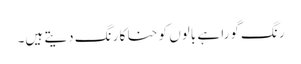
رنگ گورا ہے بالوں کو حنا کا رنگ دیتے ہیں۔